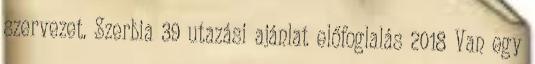
szervezet. Szerbia 39 utazási ajánlat előfoglalás 2018 Van egy